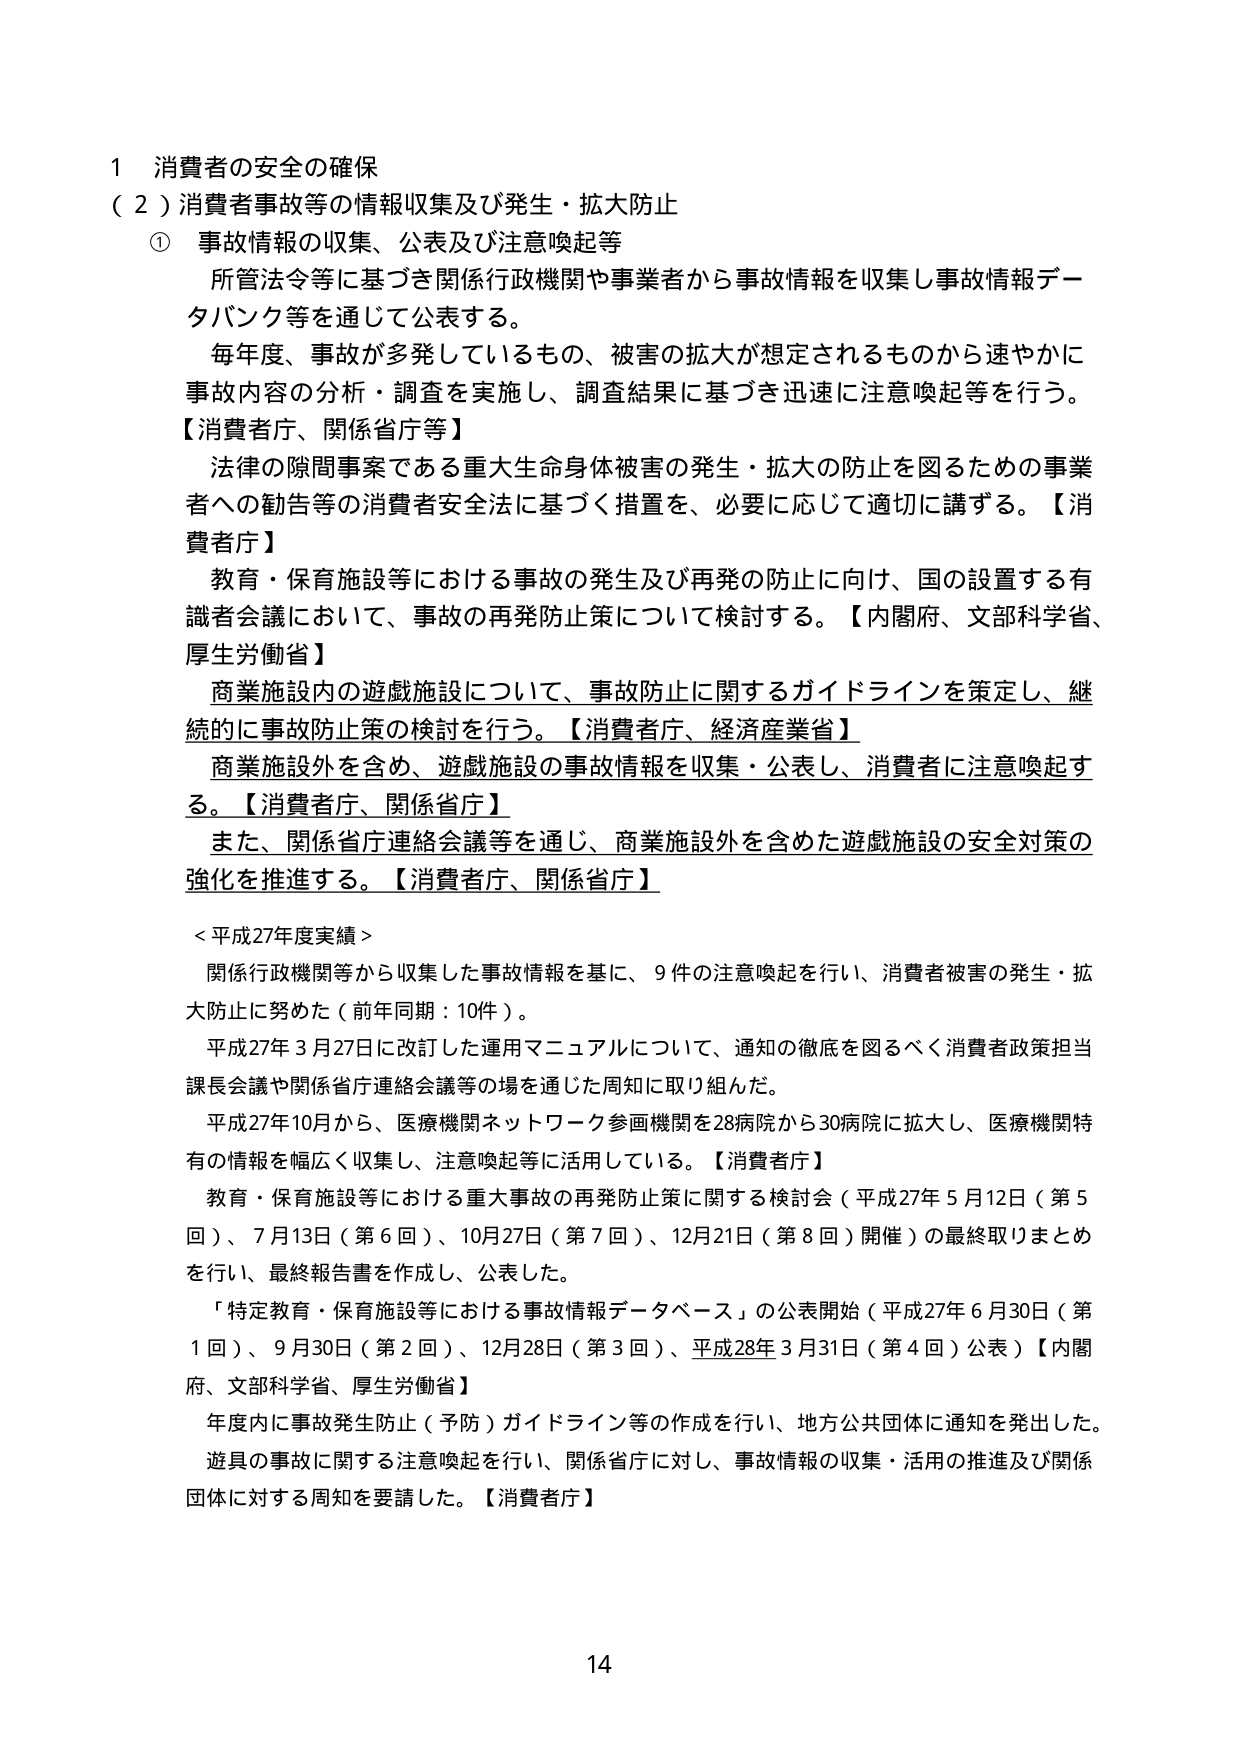
1 消費者の安全の確保
（２）消費者事故等の情報収集及び発生・拡大防止
① 事故情報の収集、公表及び注意喚起等
　所管法令等に基づき関係行政機関や事業者から事故情報を収集し事故情報データバンク等を通じて公表する。
　毎年度、事故が多発しているもの、被害の拡大が想定されるものから速やかに事故内容の分析・調査を実施し、調査結果に基づき迅速に注意喚起等を行う。
【消費者庁、関係省庁等】
　法律の隙間事案である重大生命身体被害の発生・拡大の防止を図るための事業者への勧告等の消費者安全法に基づく措置を、必要に応じて適切に講ずる。【消費者庁】
　教育・保育施設等における事故の発生及び再発の防止に向け、国の設置する有識者会議において、事故の再発防止策について検討する。【内閣府、文部科学省、厚生労働省】
　商業施設内の遊戯施設について、事故防止に関するガイドラインを策定し、継続的に事故防止策の検討を行う。【消費者庁、経済産業省】
　商業施設外を含め、遊戯施設の事故情報を収集・公表し、消費者に注意喚起する。【消費者庁、関係省庁】
　また、関係省庁連絡会議等を通じ、商業施設外を含めた遊戯施設の安全対策の強化を推進する。【消費者庁、関係省庁】

＜平成27年度実績＞
　関係行政機関等から収集した事故情報を基に、9件の注意喚起を行い、消費者被害の発生・拡大防止に努めた（前年同期：10件）。
　平成27年3月27日に改訂した運用マニュアルについて、通知の徹底を図るべく消費者政策担当課長会議や関係省庁連絡会議等の場を通じた周知に取り組んだ。
　平成27年10月から、医療機関ネットワーク参画機関を28病院から30病院に拡大し、医療機関特有の情報を幅広く収集し、注意喚起等に活用している。【消費者庁】
　教育・保育施設等における重大事故の再発防止策に関する検討会（平成27年5月12日（第5回）、7月13日（第6回）、10月27日（第7回）、12月21日（第8回）開催）の最終取りまとめを行い、最終報告書を作成し、公表した。
　「特定教育・保育施設等における事故情報データベース」の公表開始（平成27年6月30日（第1回）、9月30日（第2回）、12月28日（第3回）、平成28年3月31日（第4回）公表）【内閣府、文部科学省、厚生労働省】
　年度内に事故発生防止（予防）ガイドライン等の作成を行い、地方公共団体に通知を発出した。
　遊具の事故に関する注意喚起を行い、関係省庁に対し、事故情報の収集・活用の推進及び関係団体に対する周知を要請した。【消費者庁】

14